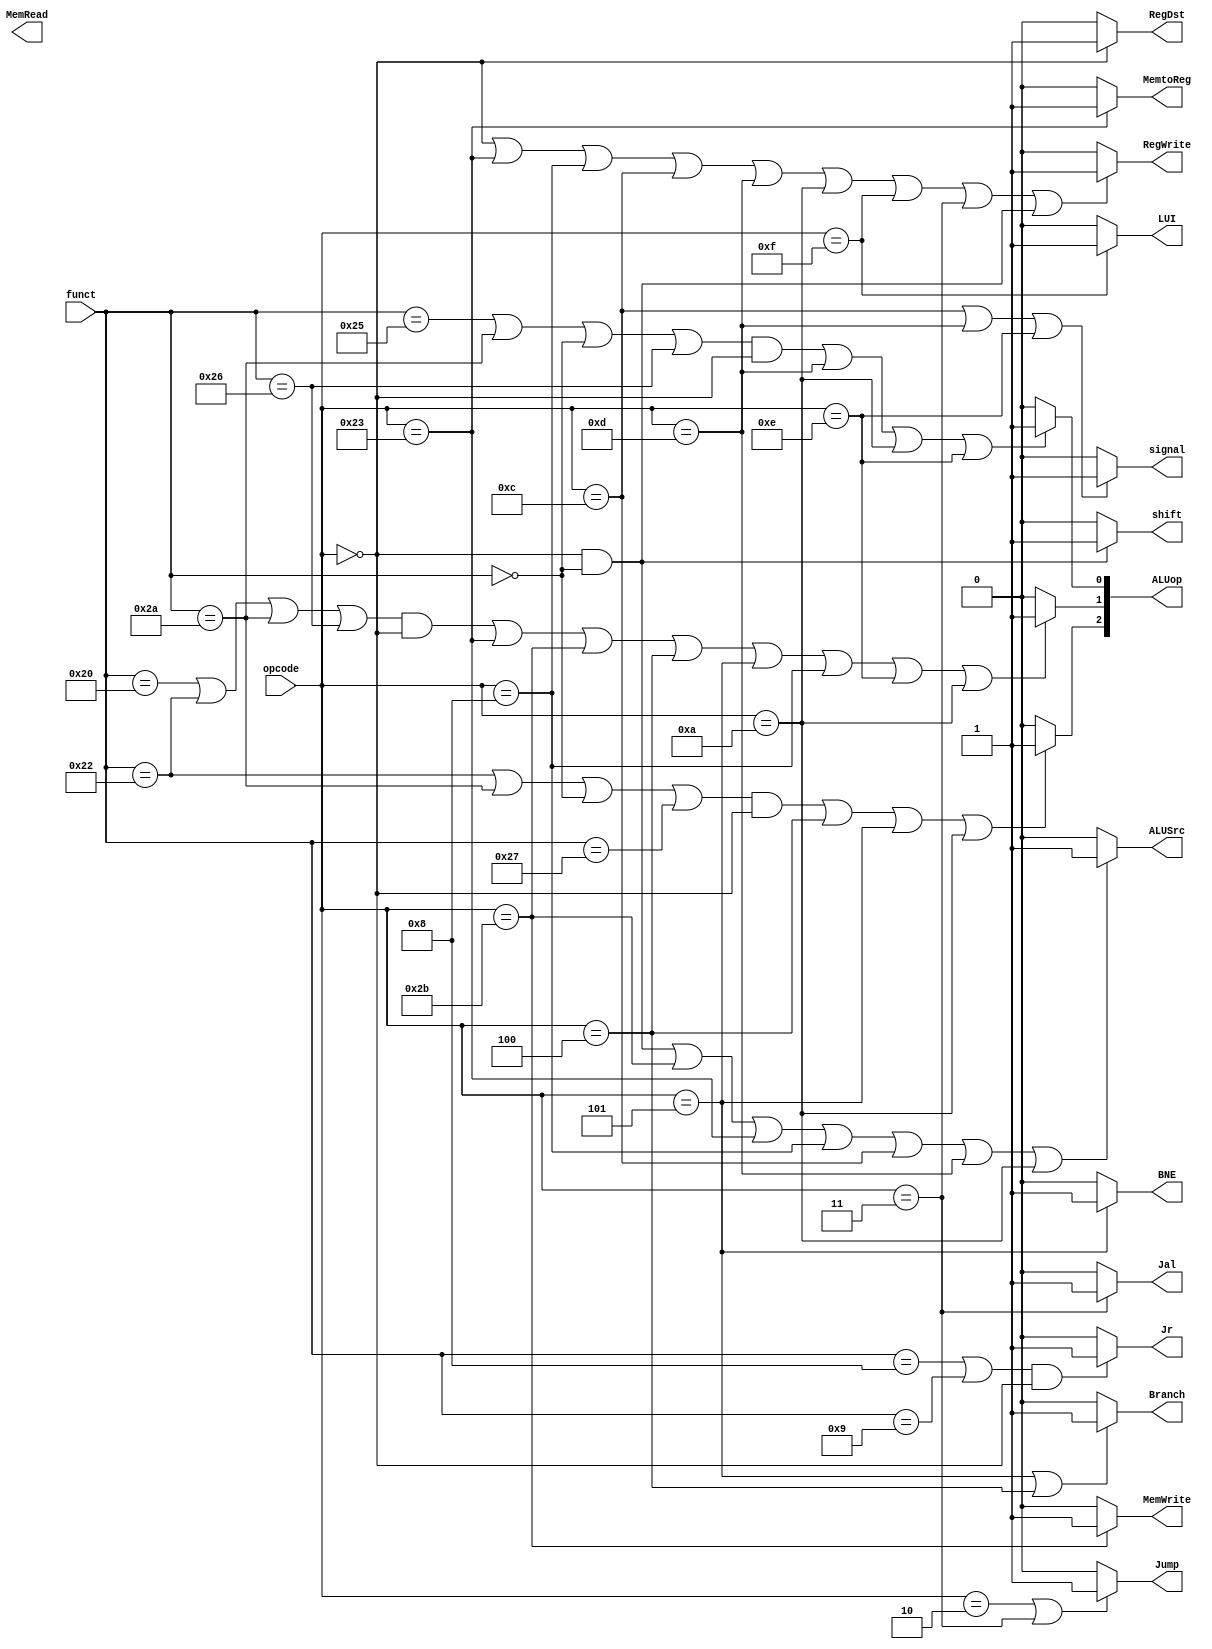
`timescale 1ns / 1ps
//////////////////////////////////////////////////////////////////////////////////
// Company: 
// Engineer: 
// 
// Design Name: 
// Module Name:    control 
// Project Name: 
// Target Devices: 
// Tool versions: 
// Description: 
//
// Dependencies: 
//
// Revision: 
// Revision 0.01 - File Created
// Additional Comments: 
//
//////////////////////////////////////////////////////////////////////////////////
module control(
			input [5:0]opcode,
			input [5:0]funct,
			output RegDst,
			output Branch,
			output MemRead,
			output MemtoReg,
			output [2:0]ALUop,
			output MemWrite,
			output ALUSrc,
			output RegWrite,
			output Jump,
			output BNE,
			output LUI,
			output signal,			// distinguish the expand of imm
			output Jal,
			output Jr,
			output shift
    );

	assign RegDst = (opcode == 6'b000000) ? 1 : 0;
	assign RegWrite = (opcode == 6'b000000 || opcode == 6'h23 || opcode == 6'h8 || opcode == 6'hc || opcode == 6'hd || opcode == 6'ha
						|| opcode == 6'hf || opcode == 6'h3 || (opcode == 6'h0 && funct == 6'h0))
						? 1 : 0;
	assign MemtoReg = (opcode == 6'h23) ? 1 : 0;
	assign MemWrite = (opcode == 6'h2b) ? 1 : 0;
	assign ALUSrc  = ((opcode == 6'h0 && funct == 6'h0) || opcode == 6'h2b || opcode == 6'h23 || opcode == 6'h8 || opcode == 6'hc || opcode == 6'hd || opcode == 6'ha) 
						? 1 : 0;
	assign Jump = (opcode == 6'h2 || opcode == 6'h3) ? 1 : 0;		// Jal and Jump
	assign Branch = (opcode == 6'h5 || opcode == 6'h4) ? 1 : 0;
	assign BNE = (opcode == 6'h5) ? 1 : 0;
	assign LUI = (opcode == 6'hf) ? 1 : 0;
	assign signal = (opcode == 6'hc || opcode == 6'hd || opcode == 6'he) ? 1 : 0;
	assign Jal = (opcode == 6'h3) ? 1 : 0;
	assign Jr = ((funct == 6'h8 || funct == 6'h9) && opcode == 6'h0) ? 1 : 0;			// Jr and Jalr
	assign shift = (opcode == 6'h0 && funct == 6'h0) ? 1 : 0;
	assign ALUop[2] = ( ((funct == 6'b100010 || funct == 6'b101010 ||  funct == 6'h0 || funct == 6'h27) && opcode == 6'h0) || opcode == 6'h4 || opcode == 6'h5 || opcode == 6'ha) 
						? 1 : 0;
	assign ALUop[1] = ( ((funct == 6'b100000 || funct == 6'b100010 || funct == 6'b101010 || funct == 6'h26) && opcode == 6'h0) || opcode == 6'h23 
						|| opcode == 6'h2b || opcode == 6'h4 || opcode == 6'h5 || opcode == 6'h8 || opcode == 6'he || opcode == 6'ha)
						? 1 : 0;
	assign ALUop[0] = ( ((funct == 6'b100101 || funct == 6'b101010 || funct == 6'h0 || funct == 6'h26) && opcode == 6'h0) || opcode == 6'hd || opcode == 6'ha
						|| opcode == 6'he) ? 1 : 0;

endmodule